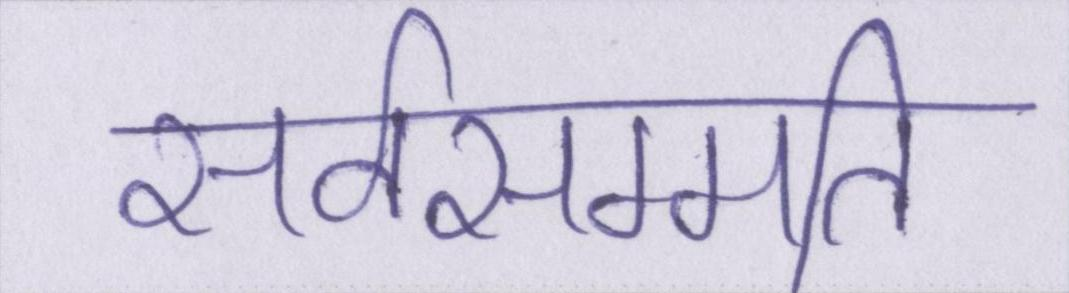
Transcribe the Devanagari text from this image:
सर्वसम्मति